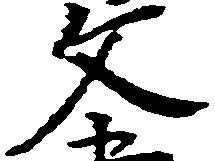
文